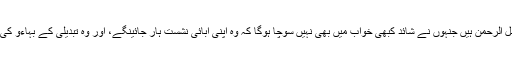
ایسے ہی ایک سیاست دان مولانا فضل الرحمن ہیں جنہوں نے شائد کبھی خواب میں بھی نہیں سوچا ہوگا کہ وہ اپنی آبائی نشست ہار جائینگے، اور وہ تبدیلی کے بہاءو کی نظر ہوگئے اور آخر کار ہار گئے ۔